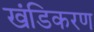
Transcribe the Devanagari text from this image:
खंडिकरण